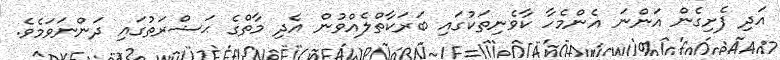
އަދި ފެށިގެން އަންނަ އެންމެހާ ކާވެނިތަކުގައި ބަރަކާތްލެއްވުން އެދި މާތްގެ ޙަޟްރަތުގައި ދަންނަވަމެވެ.